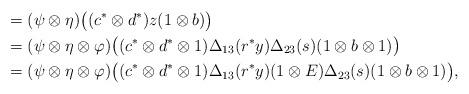
LaTeX: \begin{align*}{}\,&=(\psi\otimes\eta)\bigl((c^*\otimes d^*)z(1\otimes b)\bigr) \\&=(\psi\otimes\eta\otimes\varphi)\bigl((c^*\otimes d^*\otimes1)\Delta_{13}(r^*y)\Delta_{23}(s)(1\otimes b\otimes1)\bigr) \\&=(\psi\otimes\eta\otimes\varphi)\bigl((c^*\otimes d^*\otimes1)\Delta_{13}(r^*y)(1\otimes E)\Delta_{23}(s)(1\otimes b\otimes1)\bigr),\end{align*}